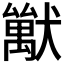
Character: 𤢚